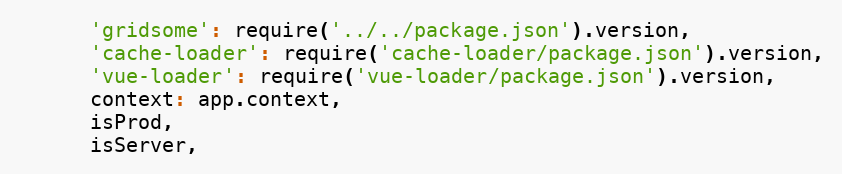
Language: JavaScript
      'gridsome': require('../../package.json').version,
      'cache-loader': require('cache-loader/package.json').version,
      'vue-loader': require('vue-loader/package.json').version,
      context: app.context,
      isProd,
      isServer,